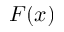
F ( x )